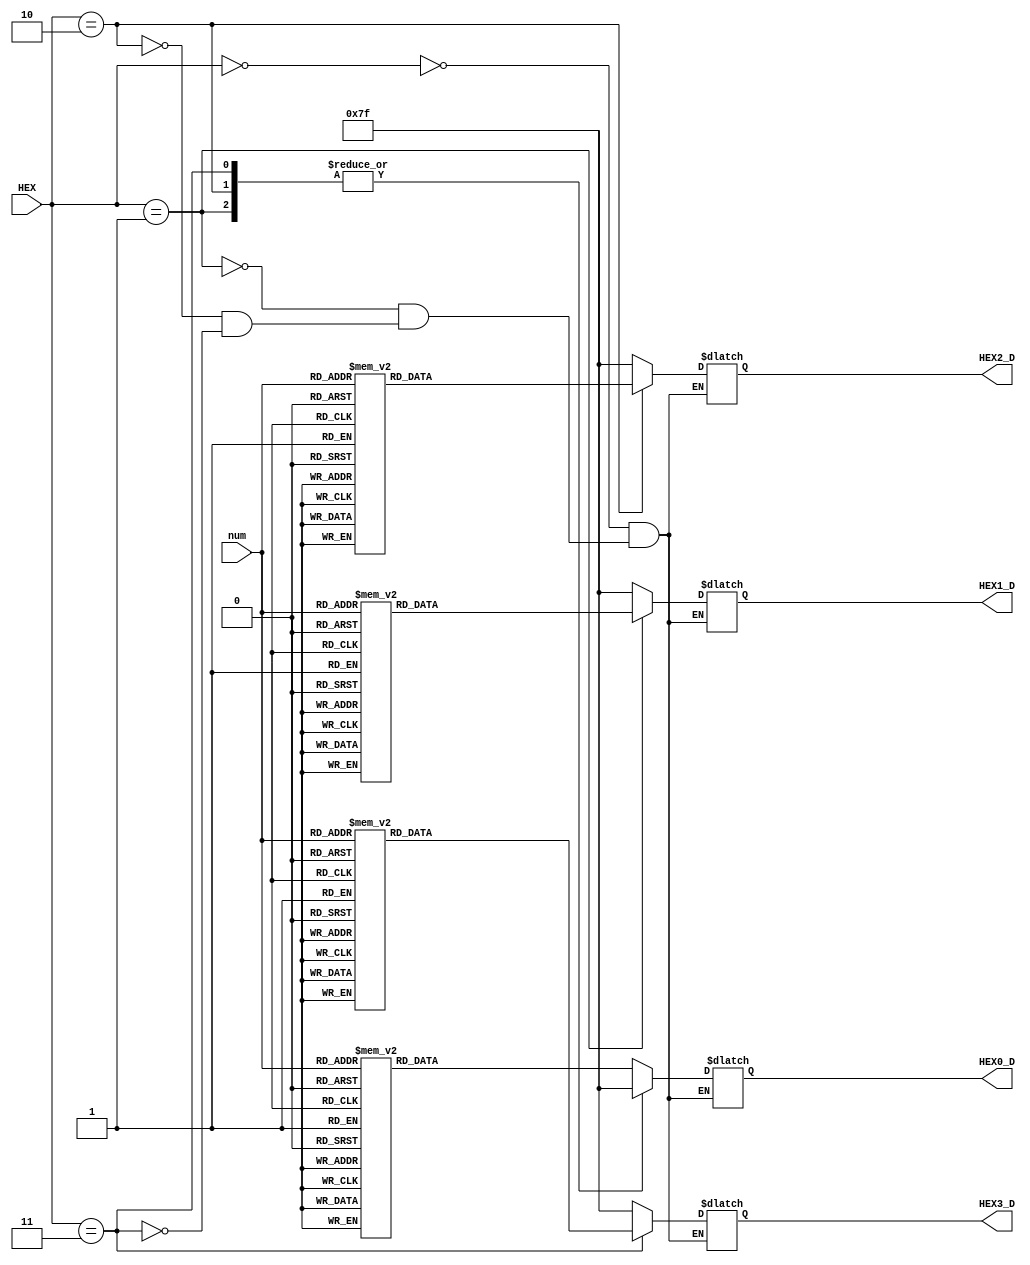
`define DISPLAY_0     7'b1000000
`define DISPLAY_1     7'b1111001
`define DISPLAY_2     7'b0100100
`define DISPLAY_3     7'b0110000
`define DISPLAY_4     7'b0011001
`define DISPLAY_5     7'b0010010
`define DISPLAY_6     7'b0000010
`define DISPLAY_7     7'b1111000
`define DISPLAY_8     7'b0000000
`define DISPLAY_9     7'b0010000
`define DISPLAY_A     7'b0001000
`define DISPLAY_b     7'b0000011
`define DISPLAY_C     7'b1000110
`define DISPLAY_d     7'b0100001
`define DISPLAY_E     7'b0000110
`define DISPLAY_F     7'b0001110
`define DISPLAY_OFF   7'b1111111

module SEG(
    input      [2:0] HEX,
    input      [3:0] num,
    output reg [6:0] HEX0_D,
    output reg [6:0] HEX1_D,
    output reg [6:0] HEX2_D,
    output reg [6:0] HEX3_D
);
    always @(HEX) begin
        case(HEX)
        0 : begin
            HEX1_D = `DISPLAY_OFF;
            HEX2_D = `DISPLAY_OFF;
            HEX3_D = `DISPLAY_OFF;
            case(num[3:0])
            4'h0 : HEX0_D = `DISPLAY_0;
            4'h1 : HEX0_D = `DISPLAY_1;
            4'h2 : HEX0_D = `DISPLAY_2;
            4'h3 : HEX0_D = `DISPLAY_3;
            4'h4 : HEX0_D = `DISPLAY_4;
            4'h5 : HEX0_D = `DISPLAY_5;
            4'h6 : HEX0_D = `DISPLAY_6;
            4'h7 : HEX0_D = `DISPLAY_7;
            4'h8 : HEX0_D = `DISPLAY_8;
            4'h9 : HEX0_D = `DISPLAY_9;
            4'hA : HEX0_D = `DISPLAY_A;
            4'hB : HEX0_D = `DISPLAY_b;
            4'hC : HEX0_D = `DISPLAY_C;
            4'hD : HEX0_D = `DISPLAY_d;
            4'hE : HEX0_D = `DISPLAY_E;
            4'hF : HEX0_D = `DISPLAY_F;
            endcase 
        end
        1 : begin
            HEX0_D = `DISPLAY_OFF;
            HEX2_D = `DISPLAY_OFF;
            HEX3_D = `DISPLAY_OFF;
            case(num[3:0])
            4'h0 : HEX1_D = `DISPLAY_0;
            4'h1 : HEX1_D = `DISPLAY_1;
            4'h2 : HEX1_D = `DISPLAY_2;
            4'h3 : HEX1_D = `DISPLAY_3;
            4'h4 : HEX1_D = `DISPLAY_4;
            4'h5 : HEX1_D = `DISPLAY_5;
            4'h6 : HEX1_D = `DISPLAY_6;
            4'h7 : HEX1_D = `DISPLAY_7;
            4'h8 : HEX1_D = `DISPLAY_8;
            4'h9 : HEX1_D = `DISPLAY_9;
            4'hA : HEX1_D = `DISPLAY_A;
            4'hB : HEX1_D = `DISPLAY_b;
            4'hC : HEX1_D = `DISPLAY_C;
            4'hD : HEX1_D = `DISPLAY_d;
            4'hE : HEX1_D = `DISPLAY_E;
            4'hF : HEX1_D = `DISPLAY_F;
            endcase 
        end
        2 : begin
            HEX0_D = `DISPLAY_OFF;
            HEX1_D = `DISPLAY_OFF;
            HEX3_D = `DISPLAY_OFF;
            case(num[3:0])
            4'h0 : HEX2_D = `DISPLAY_0;
            4'h1 : HEX2_D = `DISPLAY_1;
            4'h2 : HEX2_D = `DISPLAY_2;
            4'h3 : HEX2_D = `DISPLAY_3;
            4'h4 : HEX2_D = `DISPLAY_4;
            4'h5 : HEX2_D = `DISPLAY_5;
            4'h6 : HEX2_D = `DISPLAY_6;
            4'h7 : HEX2_D = `DISPLAY_7;
            4'h8 : HEX2_D = `DISPLAY_8;
            4'h9 : HEX2_D = `DISPLAY_9;
            4'hA : HEX2_D = `DISPLAY_A;
            4'hB : HEX2_D = `DISPLAY_b;
            4'hC : HEX2_D = `DISPLAY_C;
            4'hD : HEX2_D = `DISPLAY_d;
            4'hE : HEX2_D = `DISPLAY_E;
            4'hF : HEX2_D = `DISPLAY_F;
            endcase 
        end
        3 : begin
            HEX0_D = `DISPLAY_OFF;
            HEX1_D = `DISPLAY_OFF;
            HEX2_D = `DISPLAY_OFF;
            case(num[3:0])
            4'h0 : HEX3_D = `DISPLAY_0;
            4'h1 : HEX3_D = `DISPLAY_1;
            4'h2 : HEX3_D = `DISPLAY_2;
            4'h3 : HEX3_D = `DISPLAY_3;
            4'h4 : HEX3_D = `DISPLAY_4;
            4'h5 : HEX3_D = `DISPLAY_5;
            4'h6 : HEX3_D = `DISPLAY_6;
            4'h7 : HEX3_D = `DISPLAY_7;
            4'h8 : HEX3_D = `DISPLAY_8;
            4'h9 : HEX3_D = `DISPLAY_9;
            4'hA : HEX3_D = `DISPLAY_A;
            4'hB : HEX3_D = `DISPLAY_b;
            4'hC : HEX3_D = `DISPLAY_C;
            4'hD : HEX3_D = `DISPLAY_d;
            4'hE : HEX3_D = `DISPLAY_E;
            4'hF : HEX3_D = `DISPLAY_F;
            endcase 
        end
        endcase
    end
endmodule